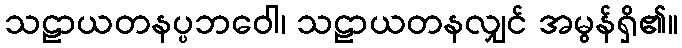
သဠာယတနပ္ပဘဝေါ၊ သဠာယတနလျှင် အမွန်ရှိ၏။